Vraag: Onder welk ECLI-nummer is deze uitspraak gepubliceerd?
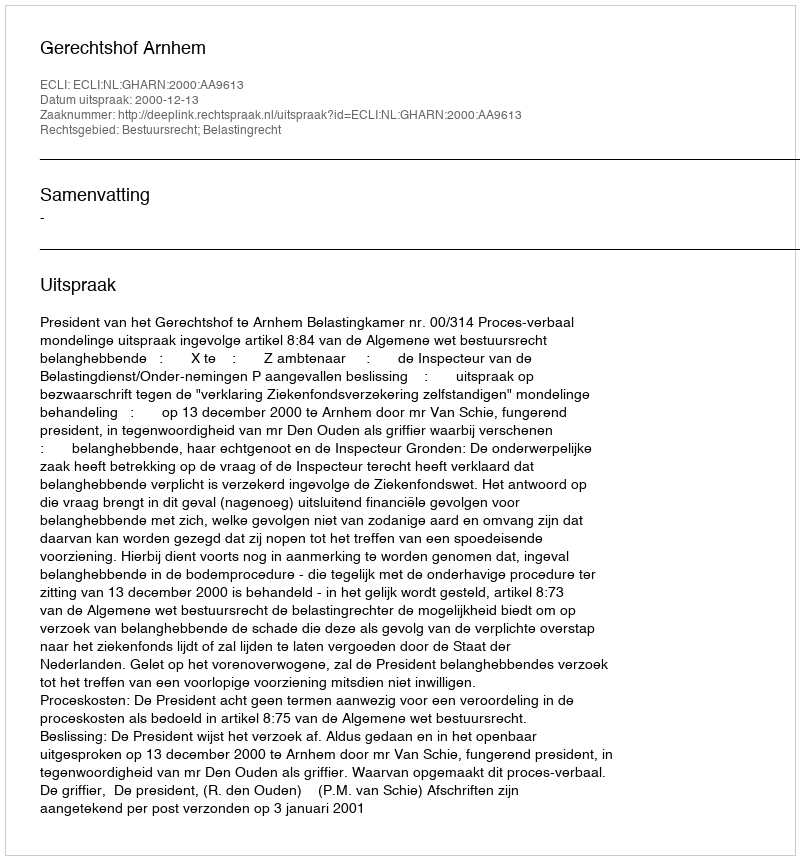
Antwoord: ECLI:NL:GHARN:2000:AA9613